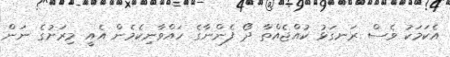
އެކަމަކު ވެސް ރަނގަޅު ކުއްޖެއްތާ ދޯ ފެންނާގެ ހައްވާނިކެމެން އެއީ މިރަށުގެ ނަން